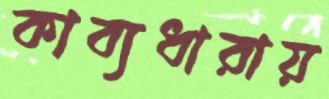
কাব্যধারায়